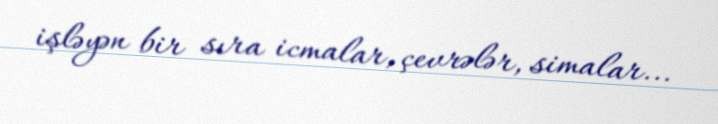
işləyən bir sıra icmalar, çevrələr, simalar...